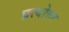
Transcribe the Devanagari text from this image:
प्रत्योत्तर